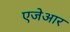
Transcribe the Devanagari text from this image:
एजेआर